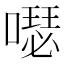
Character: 𠿗